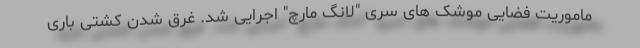
ماموریت فضایی موشک های سری "لانگ مارچ" اجرایی شد. غرق شدن کشتی باری